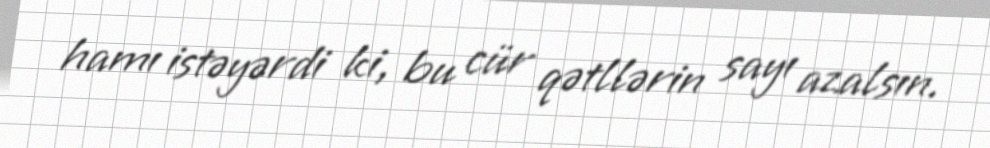
hamı istəyərdi ki, bu cür qətllərin sayı azalsın.